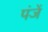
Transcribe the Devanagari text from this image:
पंजें